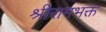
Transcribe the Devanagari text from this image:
श्रीरामभक्त